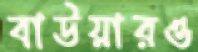
বাউয়ারও